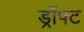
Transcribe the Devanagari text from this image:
ड्रॉफ्ट